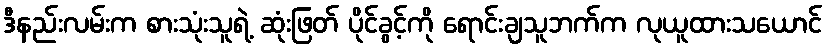
ဒီနည်းလမ်းက စားသုံးသူရဲ့ ဆုံးဖြတ် ပိုင်ခွင့်ကို ရောင်းချသူဘက်က လုယူထားသယောင်